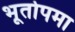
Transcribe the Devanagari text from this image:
भूतोपमा